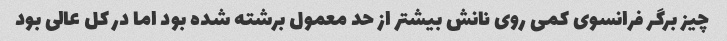
چیز برگر فرانسوی کمی روی نانش بیشتر از حد معمول برشته شده بود اما در کل عالی بود